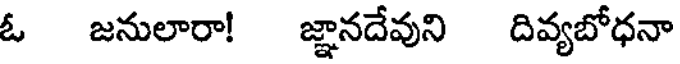
ఓ జనులారా! జ్ఞానదేవుని దివ్యబోధనా